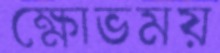
ক্ষোভময়